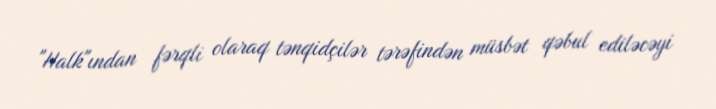
"Halk"ından fərqli olaraq tənqidçilər tərəfindən müsbət qəbul ediləcəyi